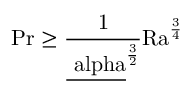
\mathrm { { P r } \geq \frac { 1 } { \underline { { \ a l p h a } } ^ { \frac { 3 } { 2 } } } \mathrm { { R a } } ^ { \frac { 3 } { 4 } } }